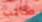
صائب